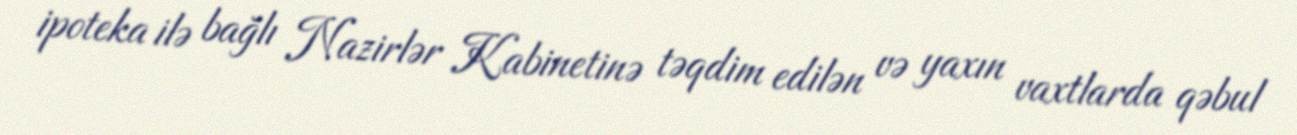
ipoteka ilə bağlı Nazirlər Kabinetinə təqdim edilən və yaxın vaxtlarda qəbul